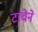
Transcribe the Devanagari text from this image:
टाचेने